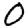
Digit: 0